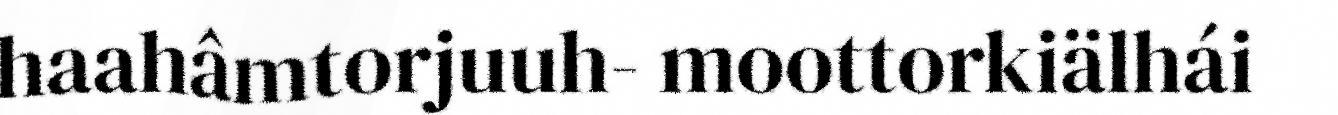
haahâmtorjuuh- moottorkiälhái